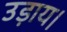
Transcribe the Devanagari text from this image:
उड़ाय।